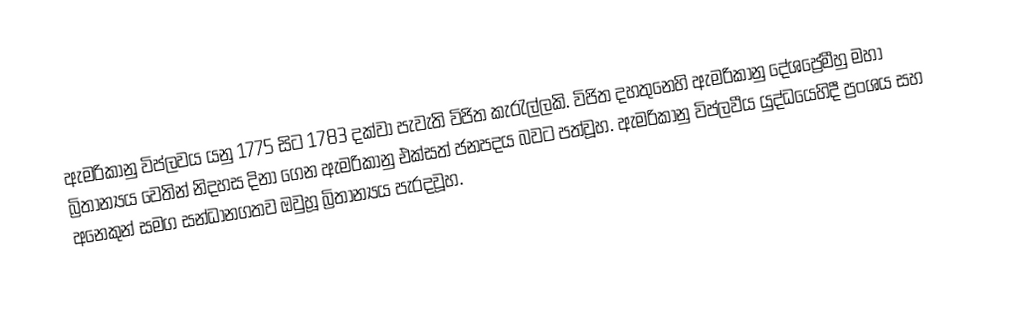
ඇමරිකානු විප්ලවය යනු 1775 සිට 1783 දක්වා පැවැති විජිත කැරැල්ලකි. විජිත දහතුනෙහි ඇමරිකානු දේශප්‍රේමීහු මහා බ්‍රිතාන්‍යය වෙතින් නිදහස දිනා ගෙන ඇමරිකානු එක්සත් ජනපදය බවට පත්වූහ. ඇමරිකානු විප්ලවීය යුද්ධයෙහිදී ප්‍රංශය සහ අනෙකුන් සමග සන්ධානගතව ඔවුහූ බ්‍රිතාන්‍යය පැරදවූහ.